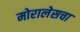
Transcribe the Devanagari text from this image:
मोरालेसचा